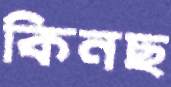
কিনছ